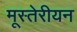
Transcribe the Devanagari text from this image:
मूस्तेरीयन